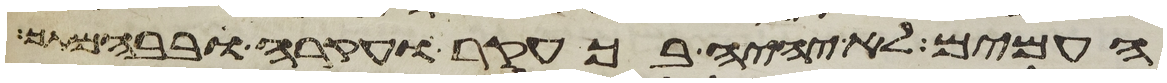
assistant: העמים לא יהיה בך עקר ועקרה ובבהמתך